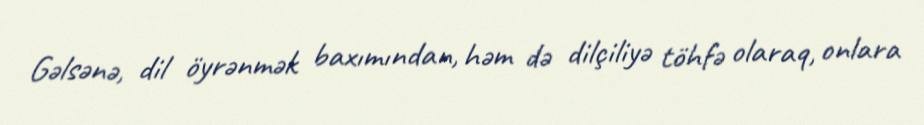
Gəlsənə, dil öyrənmək baxımından, həm də dilçiliyə töhfə olaraq, onlara